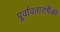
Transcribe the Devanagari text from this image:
पूर्वावतारांपैकी